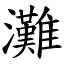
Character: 灘